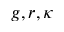
g , r , \kappa